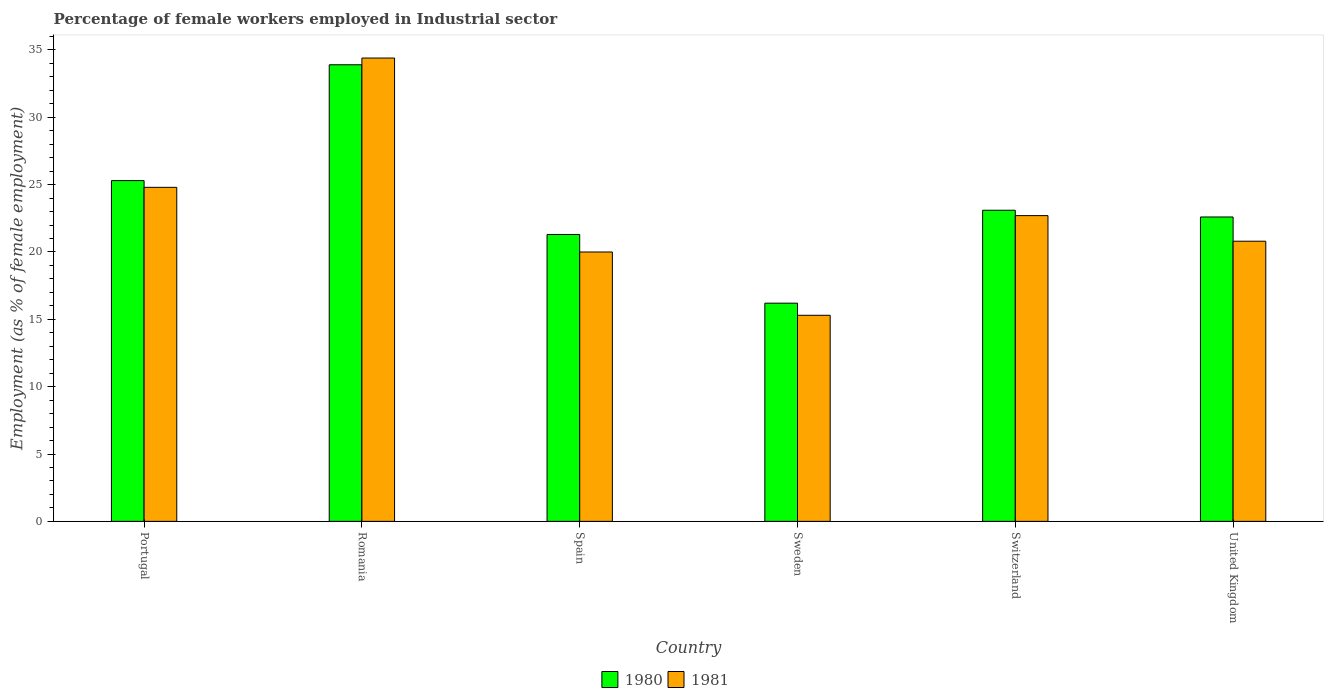
| Country | 1980 | 1981 |
 | --- | --- | --- |
 | Portugal | 25.3 | 24.8 |
 | Romania | 33.9 | 34.4 |
 | Spain | 21.3 | 20 |
 | Sweden | 16.2 | 15.3 |
 | Switzerland | 23.1 | 22.7 |
 | United Kingdom | 22.6 | 20.8 |